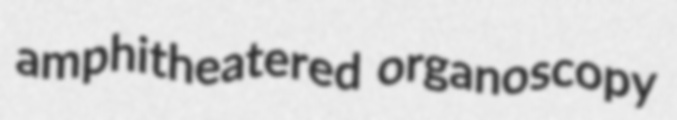
amphitheatered organoscopy